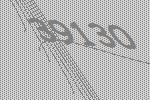
39130